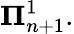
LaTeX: \mathbf{\Pi}_{n+1}^{1}.